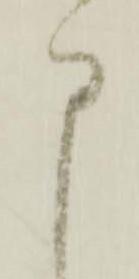
申